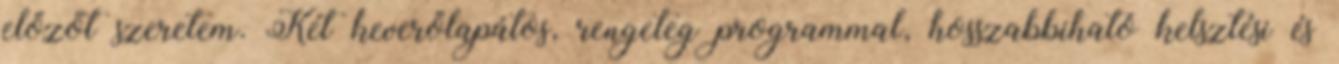
előzőt szeretem. Két keverőlapátos, rengeteg programmal, hosszabbiható kelsztési és